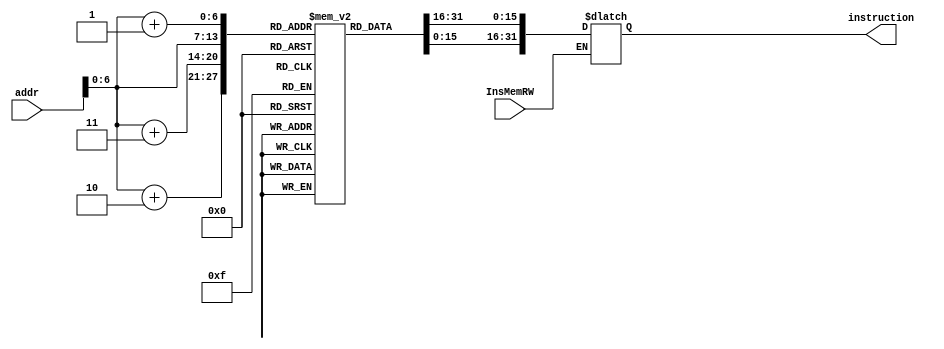
// 
// @param InsMemRW 
// @param addr pc
// @param outside_pc pc
// @param instruction 
module InstructionMEM (addr, InsMemRW, instruction);
    input InsMemRW;
    input [31:0] addr;
    output reg [31:0] instruction;
    // 8
    reg [7:0] mem [0:127];
     initial begin
     //$readmemb("D:/Xilinx/VivadoProject/MulticycleCPU/instructions.txt", mem); 
         mem[0]=8'b11100000;
         mem[1]=8'b00000000;
         mem[2]=8'b00000000;
         mem[3]=8'b00000010;
         mem[4]=8'b11100111;
         mem[5]=8'b11100000;
         mem[6]=8'b00000000;
         mem[7]=8'b00000000;
         mem[8]=8'b00001000;
         mem[9]=8'b00000001;
         mem[10]=8'b00000000;
         mem[11]=8'b00000100;
         mem[12]=8'b00001000;
         mem[13]=8'b00000010;
         mem[14]=8'b00000000;
         mem[15]=8'b00001000;
         mem[16]=8'b11000000;
         mem[17]=8'b01000010;
         mem[18]=8'b00000000;
         mem[19]=8'b00000000;
         mem[20]=8'b00000000;
         mem[21]=8'b01000001;
         mem[22]=8'b00011000;
         mem[23]=8'b00000000;
         mem[24]=8'b00000100;
         mem[25]=8'b01100001;
         mem[26]=8'b00011000;
         mem[27]=8'b00000000;
         mem[28]=8'b11010000;
         mem[29]=8'b01000011;
         mem[30]=8'b11111111;
         mem[31]=8'b11111110;
         mem[32]=8'b01001000;
         mem[33]=8'b00100001;
         mem[34]=8'b00000000;
         mem[35]=8'b00000001;
         mem[36]=8'b01000000;
         mem[37]=8'b01000001;
         mem[38]=8'b00011000;
         mem[39]=8'b00000000;
         mem[40]=8'b00000000;
         mem[41]=8'b01000000;
         mem[42]=8'b00011000;
         mem[43]=8'b00000000;
         mem[44]=8'b01000100;
         mem[45]=8'b01100010;
         mem[46]=8'b00001000;
         mem[47]=8'b00000000;
         mem[48]=8'b01100000;
         mem[49]=8'b00000010;
         mem[50]=8'b00001000;
         mem[51]=8'b10000000;
         mem[52]=8'b10011000;
         mem[53]=8'b00100010;
         mem[54]=8'b00110000;
         mem[55]=8'b00000000;
         mem[56]=8'b10011000;
         mem[57]=8'b01000001;
         mem[58]=8'b00111000;
         mem[59]=8'b00000000;
         mem[60]=8'b10011100;
         mem[61]=8'b00100110;
         mem[62]=8'b00000000;
         mem[63]=8'b00000001;
         mem[64]=8'b10011100;
         mem[65]=8'b11000111;
         mem[66]=8'b00000000;
         mem[67]=8'b00000001;
         mem[68]=8'b11101000;
         mem[69]=8'b00000000;
         mem[70]=8'b00000000;
         mem[71]=8'b00000001;
         mem[72]=8'b11000100;
         mem[73]=8'b01000100;
         mem[74]=8'b00000000;
         mem[75]=8'b00000000;
         mem[76]=8'b11111100;
         mem[77]=8'b00000000;
         mem[78]=8'b00000000;
         mem[79]=8'b00000000;
        instruction = 0;
     end
    always @(addr or InsMemRW)
        if (InsMemRW) begin
          instruction[31:24] = mem[addr];
          instruction[23:16] = mem[addr+1];
          instruction[15:8] = mem[addr+2];
          instruction[7:0] = mem[addr+3];
        end
endmodule